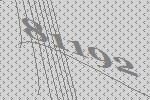
81192